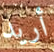
أريد